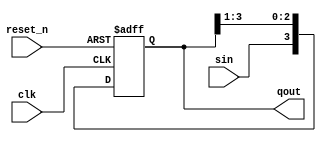
`timescale 1ns / 1ps
//////////////////////////////////////////////////////////////////////////////////
// Company: 
// Engineer: 
// 
// Design Name: 
// Module Name: shift_register
// Project Name: 
// Target Devices: 
// Tool Versions: 
// Description: 
// 
// Dependencies: 
// 
// Revision:
// Revision 0.01 - File Created
// Additional Comments:
// 
//////////////////////////////////////////////////////////////////////////////////


module shift_register
    #(
        parameter N = 4
    )
    (
        input clk,
        input reset_n,
        input sin,
        output reg [N - 1: 0] qout
    );

    always @(posedge clk or negedge reset_n)
        if(!reset_n) qout <= {N{1'b0}};
        else         qout <= {sin, qout[N - 1: 1]};
endmodule